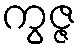
ကွဇ္ဇ